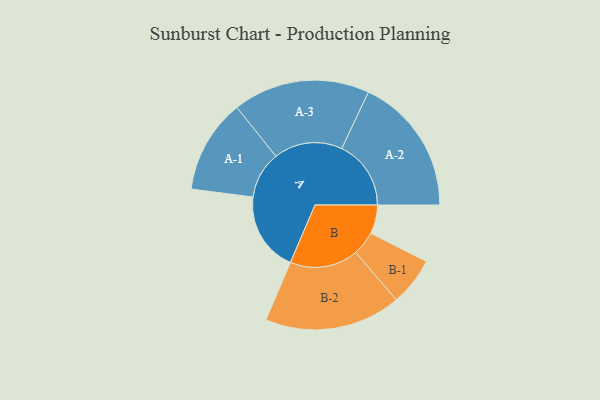
{"axis": {"x": "Segment", "y": "Value"}, "legend": ["", "A", "B"], "data": [{"x": "A", "y": 329, "type": ""}, {"x": "B", "y": 119, "type": ""}, {"x": "A-1", "y": 195, "type": "A"}, {"x": "A-2", "y": 287, "type": "A"}, {"x": "A-3", "y": 284, "type": "A"}, {"x": "B-1", "y": 100, "type": "B"}, {"x": "B-2", "y": 283, "type": "B"}]}